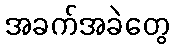
အခက်အခဲတွေ